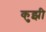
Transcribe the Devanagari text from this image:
कुझी